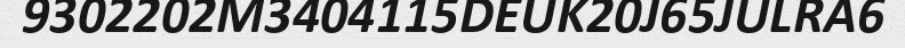
9302202M3404115DEUK20J65JULRA6